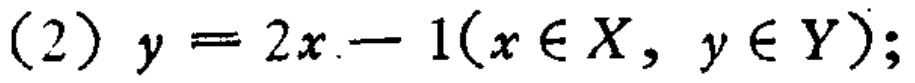
(2) \(y = 2x - 1(x\in X, y\in Y);\)